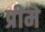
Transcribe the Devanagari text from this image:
प्रीमे